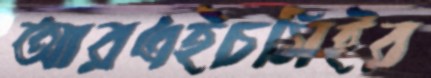
আরএইচসিইর